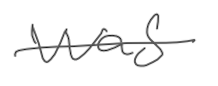
Text: was
Cross-out: single-line
Writing tool: digital_gray